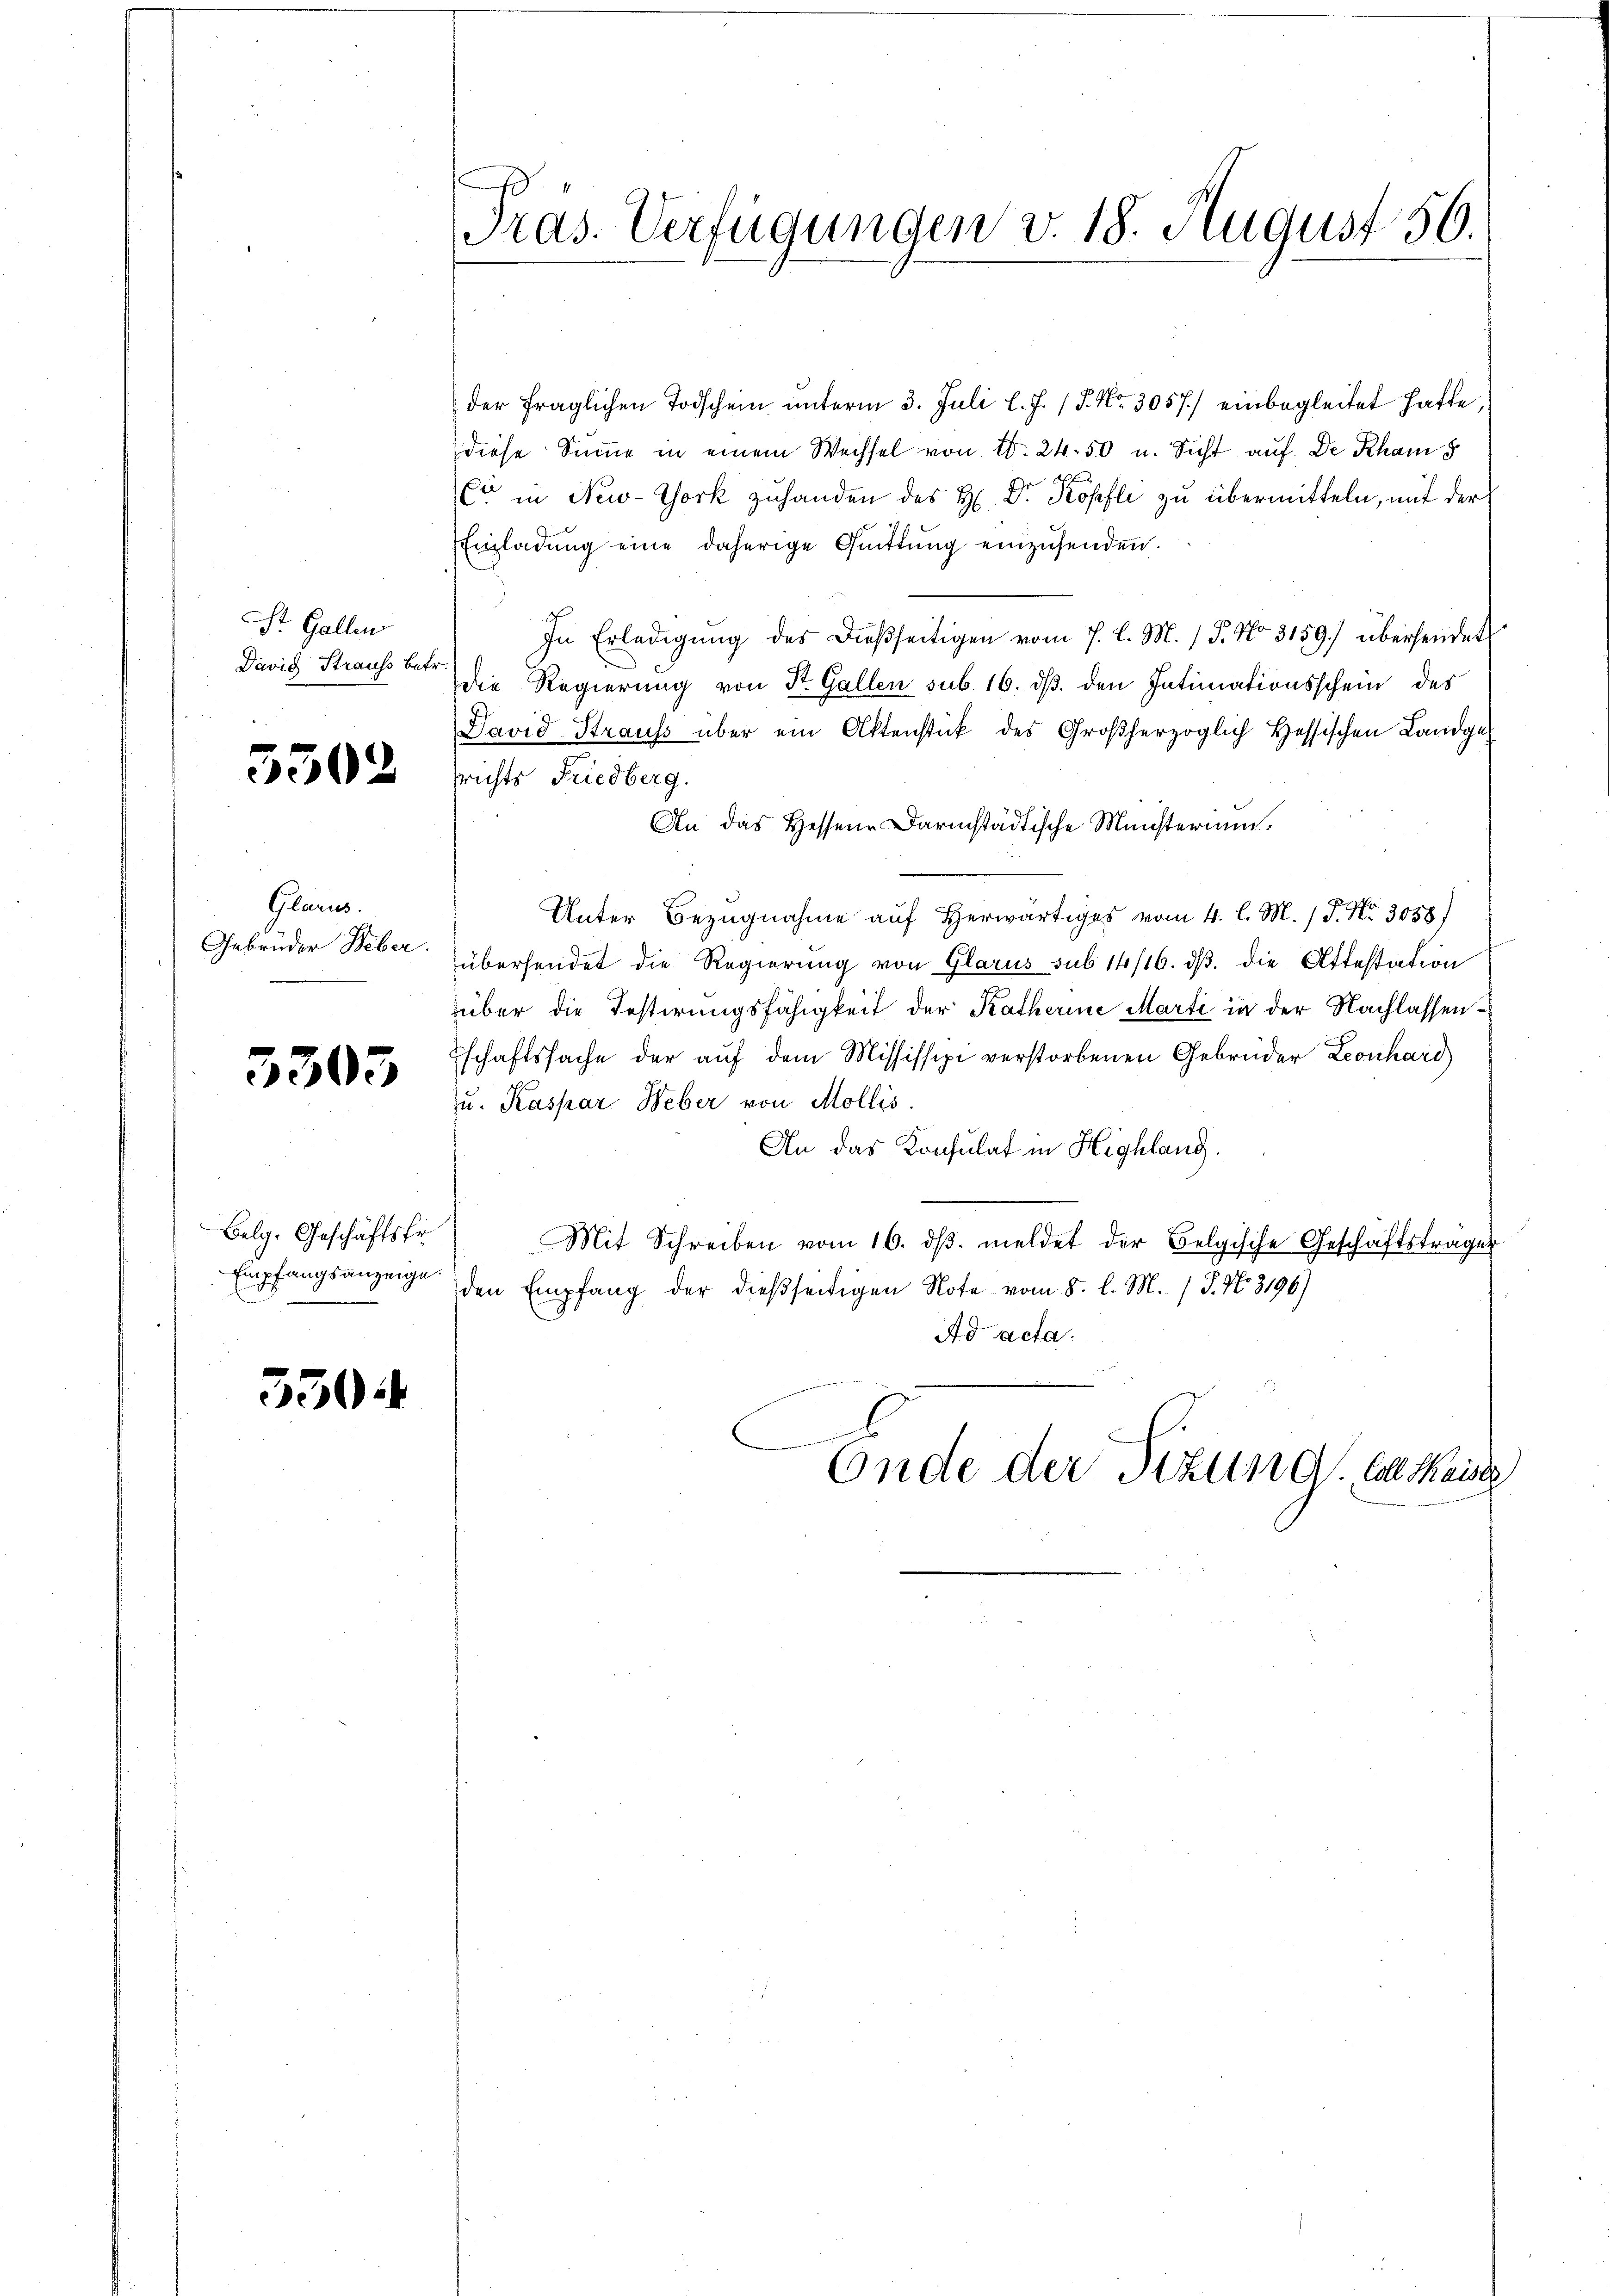
St. Gallen
David Strauss betr

5502

Glarus.
Gebrüder Weber.

5303

Belg. Geschäftsfr
Empfangsanzeige.

350

Pras. Verfügungen v. 18. August 56.

der fraglichen Todschein unterm 3. Juli l. J. P. Nr. 3057) einbegleitet hatte,
diese Sinne in einem Wechsel von 20. 24. 50 u. Sicht auf De Rham 8
2 f
Cr in New-York zuhanden des H: Dr. Kopfli zu übermitteln, mit der
Einladŭng eine daherige Quittung einzŭsenden.
In Erledigung des dießseitigen vom 7. l. M. (T. No. 3159) übersendet
die Regierung von St. Gallen sub. 16. ds. den Intimationsschein des
David Straus über ein Aktenstück des Großherzoglich Hessischen Landges
srichts Friedberg.
An das Hessene Darmstädtische Ministerium.
Unter Bezugnahme auf Herwärtiges vom 4. l. M. / P. Nr. 3058)
übersendet die Regierung von Glarus sub 14/16. dβ. die Attestation
über die Testirungsfähigkeit der Katherine Marti in der Nachlassen¬
Eschaftssache der auf dem Mississipe verstorbenen Gebrüder Leonhard
zu. Kaspar Weber von Mollis
An das Konsulat in Highlang.
Mit Schreiben vom 16. dβ. meldet der Belgische Geschäftsträger
den Empfang der dießseitigen Note vom 8. l. M. / P. Nr. 3196)
Ad acta.
Ende der Sitzung. Als Kaise